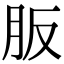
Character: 𦙀